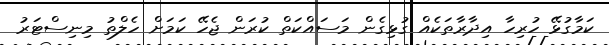
ކަމާގުޅޭ ހުރިހާ އިދާރާތަކެއް ގުޅިގެން މަސައްކަތް ކުރަން ޖެހޭ ކަމަށް ހެލްތު މިނިސްޓަރު